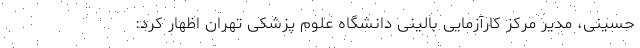
حسینی، مدیر مرکز کارآزمایی بالینی دانشگاه علوم پزشکی تهران اظهار کرد: